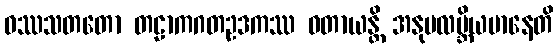
ဝဿသတတော တဠာကဂတဥဒကဿ ဝတာယန္တိ အနုပလဗ္ဘိယမာနေတိ